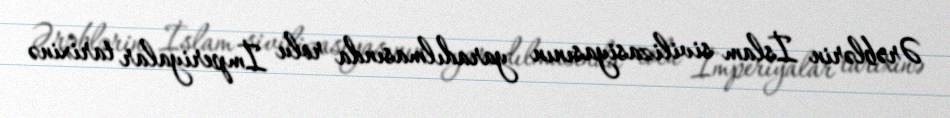
Ərəblərin İslam sivilizasiyasının yaradılmasında rolu İmperiyalar tarixinə